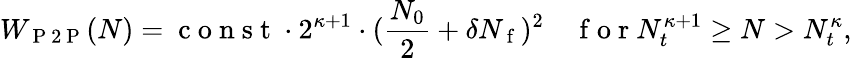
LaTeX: W_{\mathrm{~P~2~P~}}(N)=\mathrm{~c~o~n~s~t~}\cdot 2^{\kappa+1}\cdot(\frac{N_{0}}{2}+\delta N_{\mathrm{~f~}})^{2}\quad\mathrm{~f~o~r~}N_{t}^{\kappa+1}\geq N>N_{t}^{\kappa},